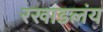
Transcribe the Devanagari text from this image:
रखाडलंय